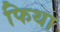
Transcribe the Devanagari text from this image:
फिथा